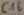
Text: C16